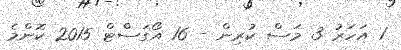
1 އަހަރު 3 މަސް ކުރިން - 16 އޯގަސްޓް 2015 ކޮންމެ